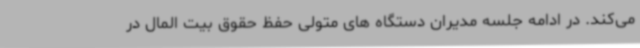
می‌کند. در ادامه جلسه مدیران دستگاه های متولی حفظ حقوق بیت المال در